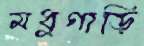
মধুগাড়ি